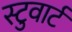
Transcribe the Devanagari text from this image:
स्टुवार्ट